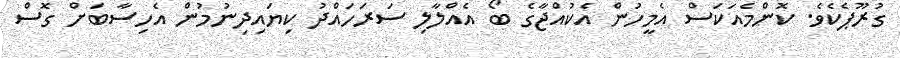
ގުރޫޕެކެވެ. ކޮންމެއަކަސް އެމީހުން އެކުއްޖާގެ ބޯ އެއްލާލި ސަރަހައްދު ކިޔައިދިނުމުން އެހިސާބަށް ގޮސް